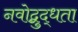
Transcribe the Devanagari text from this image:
नवोद्बुद्धता